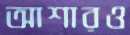
আশারও